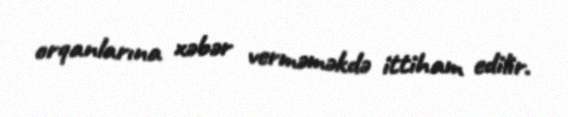
orqanlarına xəbər verməməkdə ittiham edilir.